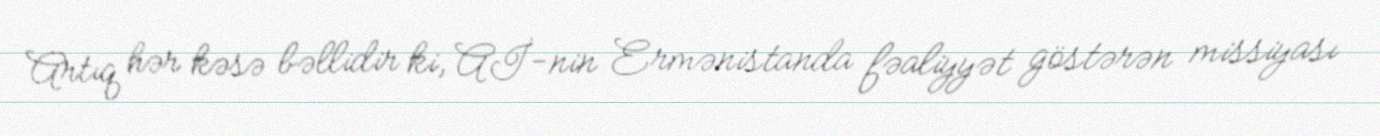
Artıq hər kəsə bəllidir ki, Aİ-nin Ermənistanda fəaliyyət göstərən missiyası